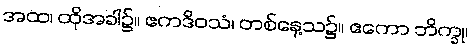
အထ၊ ထိုအခါ၌။ ဧကဒိဝသံ၊ တစ်နေ့သ၌။ ဧကော ဘိက္ခု၊